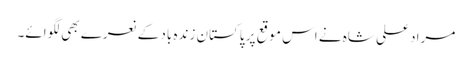
مراد علی شاہ نے اس موقع پر پاکستان زندہ باد کے نعرے بھی لگوائے۔